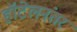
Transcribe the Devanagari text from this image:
हॉटेलनंतर